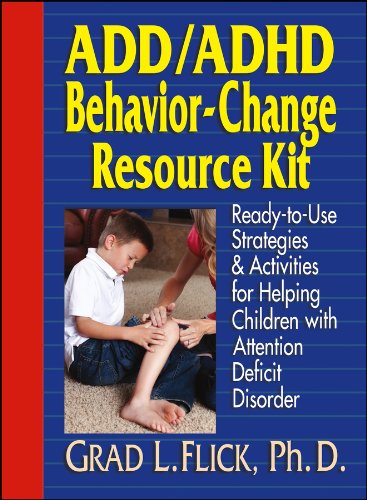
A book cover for ADD / ADHD Behavior-Change Resource Kit: Ready-to-Use Strategies and Activities for Helping Children with Attention Deficit Disorder; Grad L. Flick Ph.D.; Health, Fitness & Dieting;